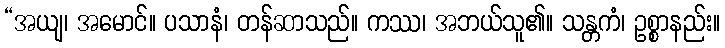
“အယျ၊ အမောင်။ ပသာနံ၊ တန်ဆာသည်။ ကဿ၊ အဘယ်သူ၏။ သန္တကံ၊ ဥစ္စာနည်း။